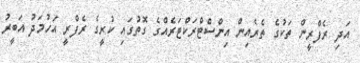
އަދި ރެފްރީން ތަކުގެ ތެރެއިން އިންސްޓްރަކްޓަރެއްގެ ގޮތުގައި ކުރީގެ ރެފްރީ އަހުމަދު އަބީރު